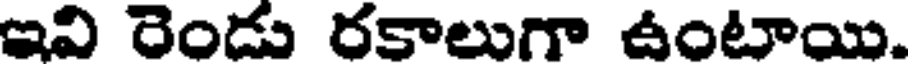
ఇవి రెండు రకాలుగా ఉంటాయి.